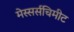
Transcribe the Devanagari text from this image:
मेस्सर्सचिमीट